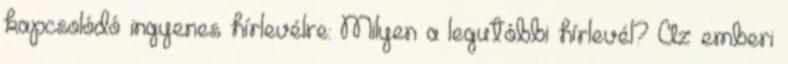
kapcsolódó ingyenes hírlevélre: Milyen a legutóbbi hírlevél? Az emberi